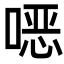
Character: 𫫇